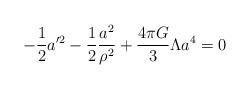
LaTeX: \begin{align*}-{1\over2} a'^2 -{1\over2} {a^2\over \rho^2} + {4\pi G\over3}\Lambda a^4 =0\end{align*}